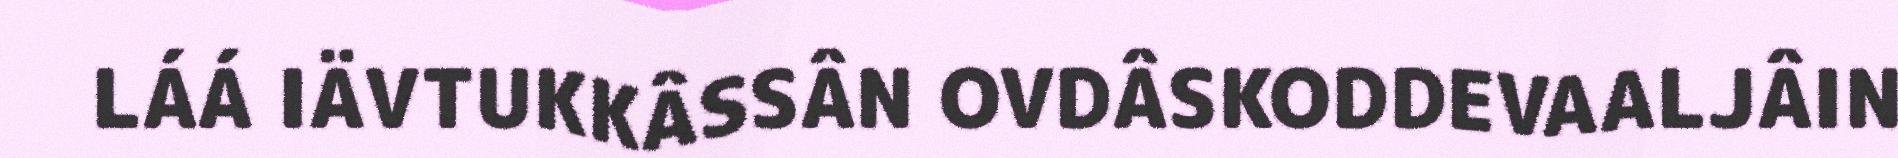
LÁÁ IÄVTUKKÂSSÂN OVDÂSKODDEVAALJÂIN